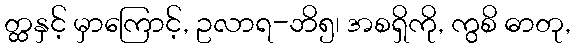
တ္ထနှင့် မှာကြောင့်, ဥလာရ-ဘိ၅၊ အစရှိကို, ကွစိ ဓာတု,